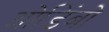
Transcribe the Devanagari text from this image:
ओडिंबो